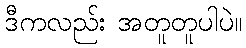
ဒီကလည်း အတူတူပါပဲ။